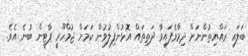
ބަލައި ރައްޔިތުންނަށް ދިމާވެފައިވާ ދަތިތައް އޮޅުންފިލުވުން ކަމަށް ޖުމްހޫރީ ޕާޓީން ބުނެ އެވެ.